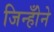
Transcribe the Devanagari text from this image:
जिन्होँने